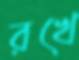
রখে